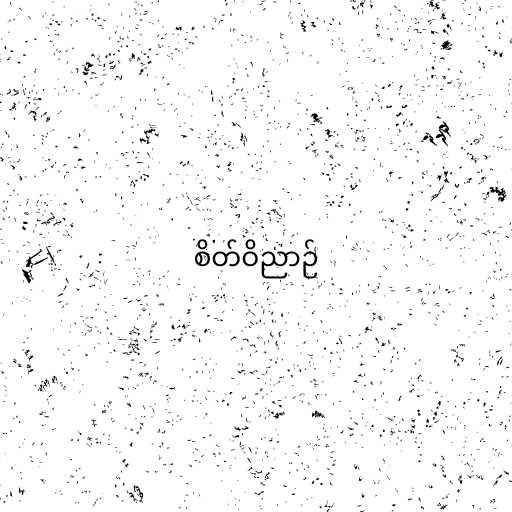
စိတ်ဝိညာဉ်